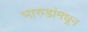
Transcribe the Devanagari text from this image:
भारुडांमधून